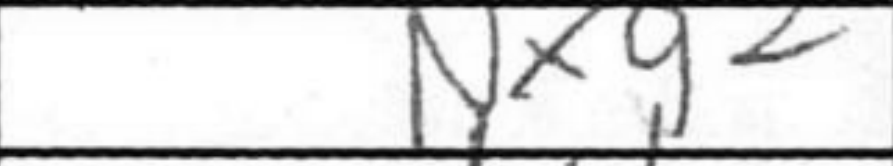
Transcription: Nxg2